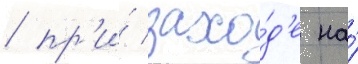
/ пр'и́ захо́д'е на́